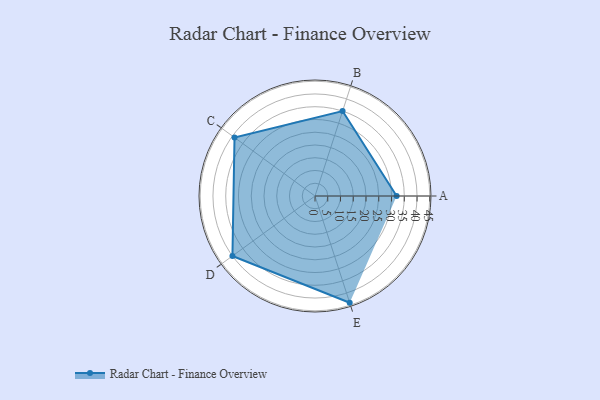
{"axis": {"x": "Skill", "y": "Score"}, "legend": ["Profile"], "data": [{"x": "A", "y": 32.0, "type": "Profile"}, {"x": "B", "y": 35.0, "type": "Profile"}, {"x": "C", "y": 39.0, "type": "Profile"}, {"x": "D", "y": 40.0, "type": "Profile"}, {"x": "E", "y": 44.0, "type": "Profile"}]}